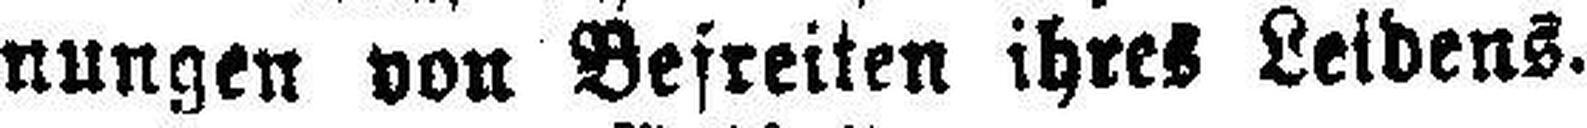
nungen von Befreiten ihres Leidens.